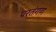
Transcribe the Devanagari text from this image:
परतंगण